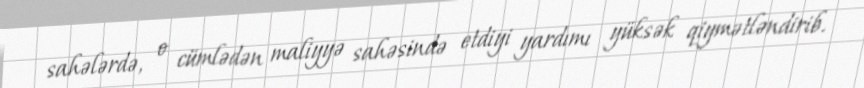
sahələrdə, o cümlədən maliyyə sahəsində etdiyi yardımı yüksək qiymətləndirib.